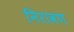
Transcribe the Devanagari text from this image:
निरावण